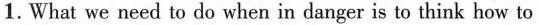
1.What we need to do when in danger is to think how to